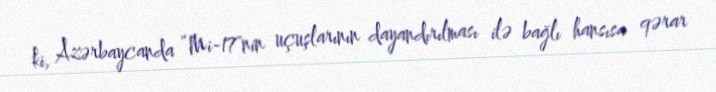
ki, Azərbaycanda “Mi-17"nin uçuşlarının dayandırılması ilə bağlı hansısa qərar